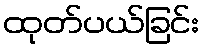
ထုတ်ပယ်ခြင်း